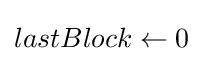
lastBlock\leftarrow 0